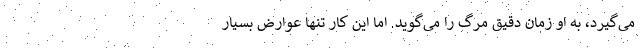
می‌گیرد، به او زمان دقیق مرگ را می‌گوید. اما این کار تنها عوارض بسیار